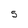
Character: 5